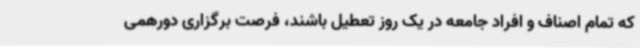
که تمام اصناف و افراد جامعه در یک روز تعطیل باشند، فرصت برگزاری دورهمی